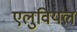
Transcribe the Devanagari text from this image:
एलुवियल